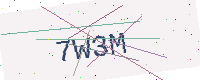
Text: 7W3M